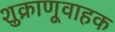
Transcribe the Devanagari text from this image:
शुक्राणूवाहक